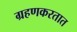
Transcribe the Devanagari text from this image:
ग्रहणकरतात